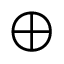
\bigoplus